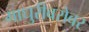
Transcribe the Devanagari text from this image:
माधुरीबरोबर